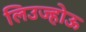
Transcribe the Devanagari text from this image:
लिउज्होऊ